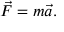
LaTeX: { \vec { F } } = m { \vec { a } } .